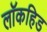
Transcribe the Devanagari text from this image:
लॉकहिड